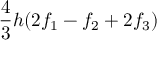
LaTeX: { \frac { 4 } { 3 } } h ( 2 f _ { 1 } - f _ { 2 } + 2 f _ { 3 } )